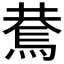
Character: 𰟑